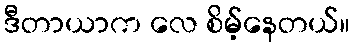
ဒီတာယာက လေ စိမ့်နေတယ်။